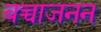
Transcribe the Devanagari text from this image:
बच्चाजनन